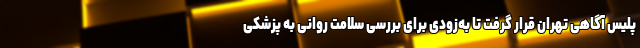
پلیس آگاهی تهران قرار گرفت تا به‌زودی برای بررسی سلامت روانی به پزشکی